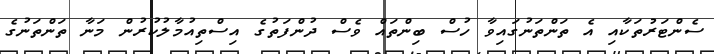
ސެންޓަރުތަކާއި އެ ތަންތަނުގައިވާ ހުސް ބިންތައް ވެސް ދުންފަތުގެ އިސްތިއުމާލުކުރުން މަނާ ތަންތަނުގެ